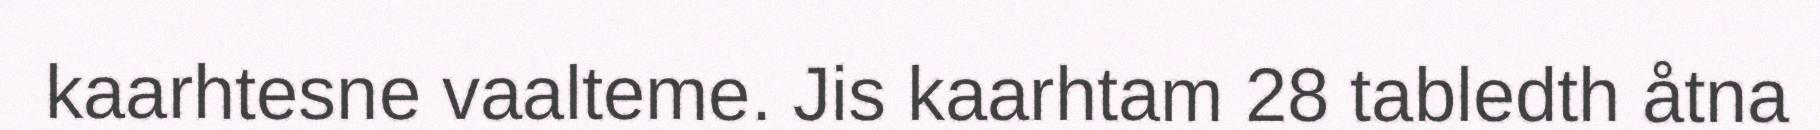
kaarhtesne vaalteme. Jis kaarhtam 28 tabledth åtna